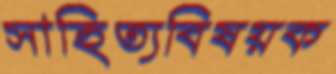
সাহিত্যবিষয়ক